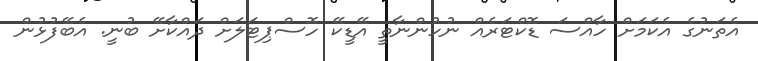
އެތަނުގެ އެކަމަށް ހާއްސަ ޑޮކްޓަރެއް ނުހުންނާތީ އޭޑީކޭ ހޮސްޕިޓަލަށް ދައްކާށޭ ބުނީ. އެބޭފުޅުން